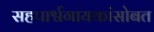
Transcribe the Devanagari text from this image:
सहपार्श्वगायकांसोबत